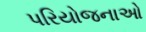
પરિયોજનાઓ